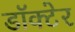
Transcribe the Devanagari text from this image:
डॉक्टेर